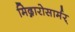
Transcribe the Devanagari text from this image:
मिद्गारोसार्मर्